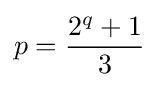
p={{2^{q}+1} \over 3}